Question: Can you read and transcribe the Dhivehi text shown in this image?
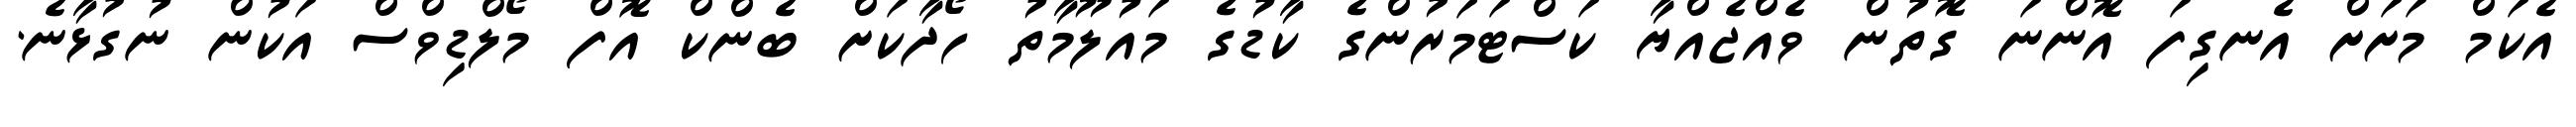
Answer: އެކަމް މަށަށް އެނގިފަ އޮންނަ ގޮތުން ވެއްޖެއްޔާ ކަސްޓަމަރުންގެ ކާޑުގެ މައުލޫމާތު ހޯދާކަށް ބެންކް އޮފް މޯލްޑިވްސް އަކުން ނުގުޅާނެ.